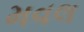
મવલ